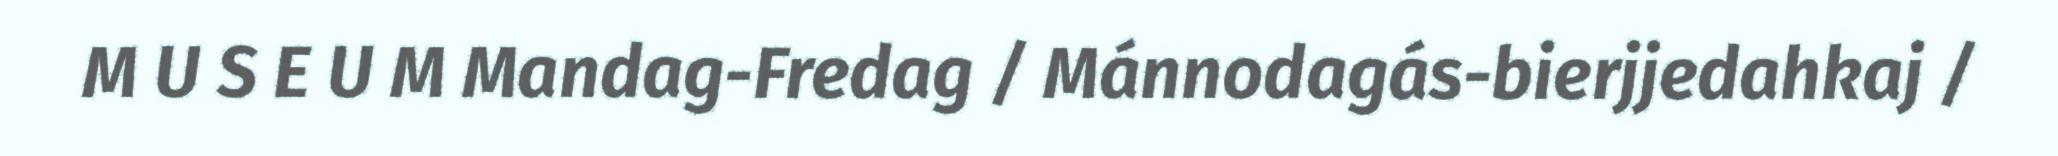
M U S E U M Mandag-Fredag / Mánnodagás-bierjjedahkaj /